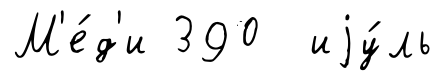
М'е́д'и 390 иjу́ль